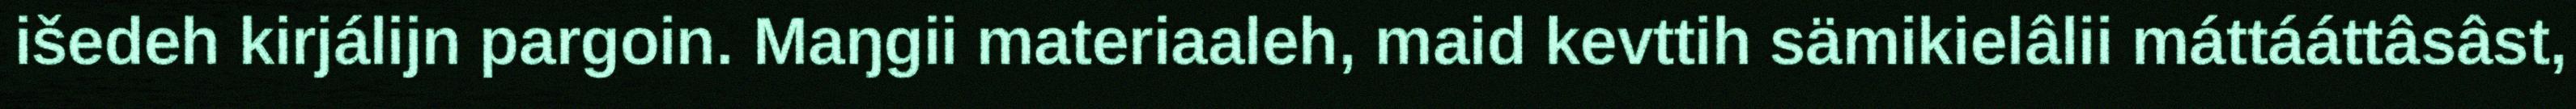
išedeh kirjálijn pargoin. Maŋgii materiaaleh, maid kevttih sämikielâlii máttááttâsâst,